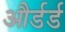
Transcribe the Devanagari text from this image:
और्डर्ड